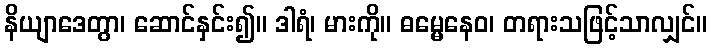
နိယျာဒေတွာ၊ ဆောင်နှင်း၍။ ဒါရံ၊ မားကို။ ဓမ္မေနေဝ၊ တရားသဖြင့်သာလျှင်။